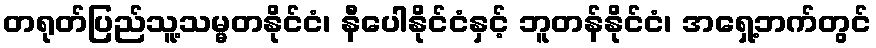
တရုတ်ပြည်သူ့သမ္မတနိုင်ငံ၊ နီပေါနိုင်ငံနှင့် ဘူတန်နိုင်ငံ၊ အရှေ့ဘက်တွင်